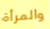
والمرأة